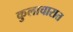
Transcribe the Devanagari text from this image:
कुलाचारात